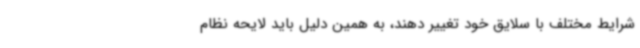
شرایط مختلف با سلایق خود تغییر دهند، به همین دلیل باید لایحه نظام